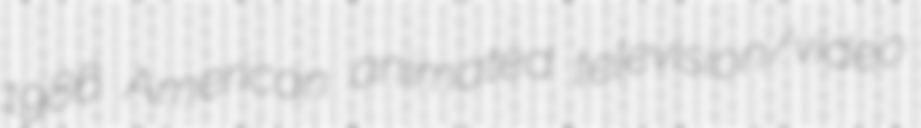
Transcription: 1986 American animated television/video